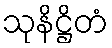
သုနိဋ္ဌိတံ